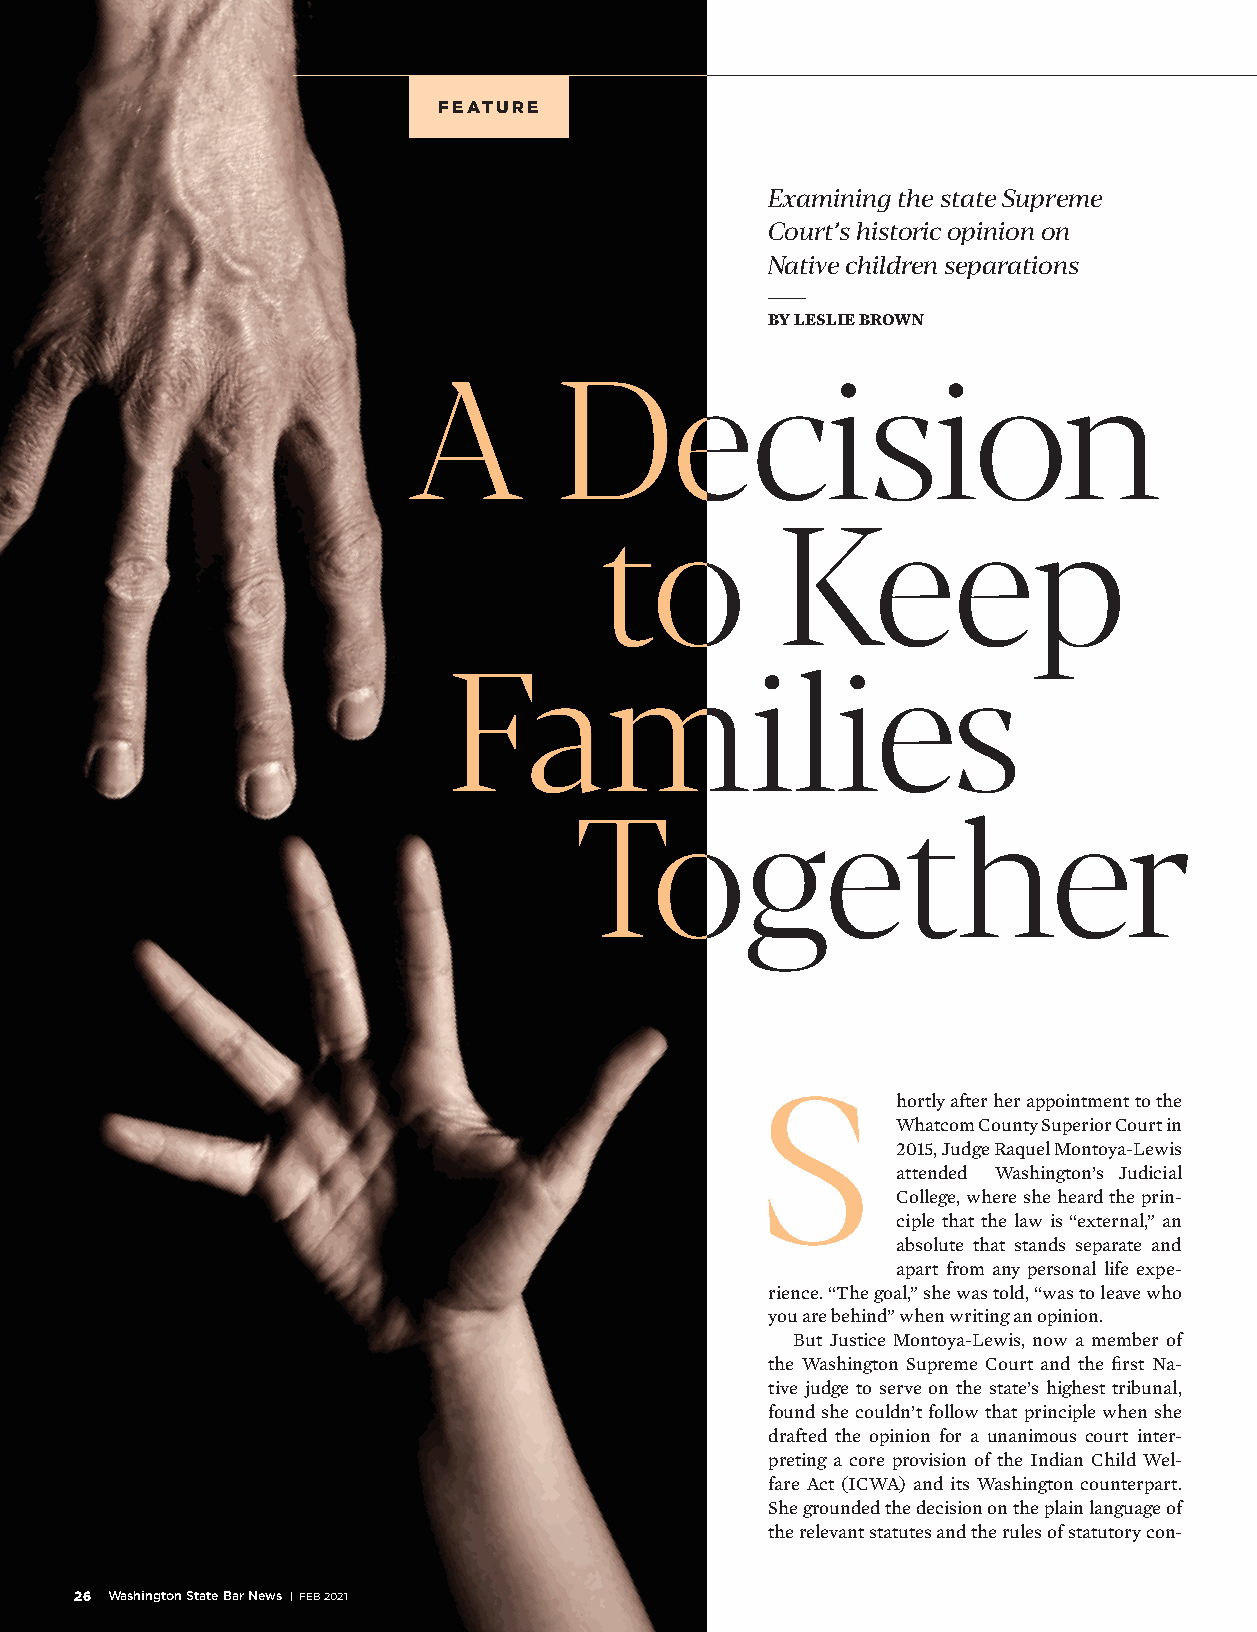
FEATURE
 Examining the state Supreme
 Court’s historic opinion on
 Native children separations
 BY LESLIE BROWN
 A         Decision
 to          Keep
 Families
 Together
 S
 hortly after her appointment to the
 Whatcom County Superior Court in
 2015, Judge Raquel Montoya-Lewis
 attended Washington’s Judicial
 College, where she heard the prin-
 ciple that the law is “external,” an
 absolute that stands separate and
 apart from any personal life expe-
 rience. “The goal,” she was told, “was to leave who
 you are behind” when writing an opinion.
 But Justice Montoya-Lewis, now a member of
 the Washington Supreme Court and the first Na-
 tive judge to serve on the state’s highest tribunal,
 found she couldn’t follow that principle when she
 drafted the opinion for a unanimous court inter-
 preting a core provision of the Indian Child Wel-
 fare Act (ICWA) and its Washington counterpart.
 She grounded the decision on the plain language of
 the relevant statutes and the rules of statutory con-
 26 Washington State Bar News | FEB 2021